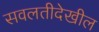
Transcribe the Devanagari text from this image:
सवलतीदेखील